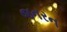
જનરન